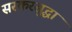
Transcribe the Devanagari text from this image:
सरकरसुद्धा